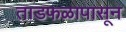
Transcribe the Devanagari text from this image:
ताडफळापासून